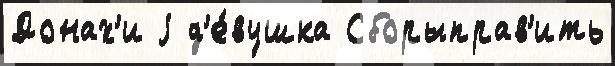
Донах'и j д'е́вушка Сборыправ'ить